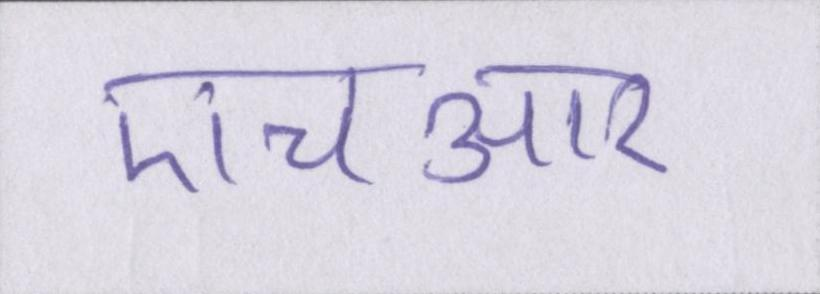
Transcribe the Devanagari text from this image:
एचआर